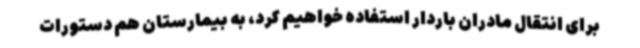
برای انتقال مادران باردار استفاده خواهیم کرد، به بیمارستان هم دستورات